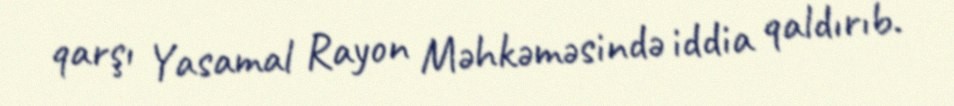
qarşı Yasamal Rayon Məhkəməsində iddia qaldırıb.